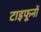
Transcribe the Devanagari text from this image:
टाइफूनों